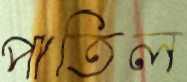
পাতিল